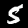
Label: 5